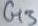
Text: G3